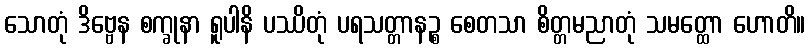
သောတုံ ဒိဗ္ဗေန စက္ခုနာ ရူပါနိ ပဿိတုံ ပရသတ္တာနဉ္စ စေတသာ စိတ္တမညာတုံ သမတ္ထော ဟောတိ။